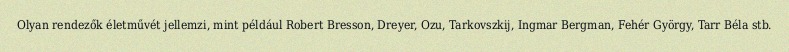
Olyan rendezők életművét jellemzi, mint például Robert Bresson, Dreyer, Ozu, Tarkovszkij, Ingmar Bergman, Fehér György, Tarr Béla stb.